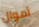
أموال